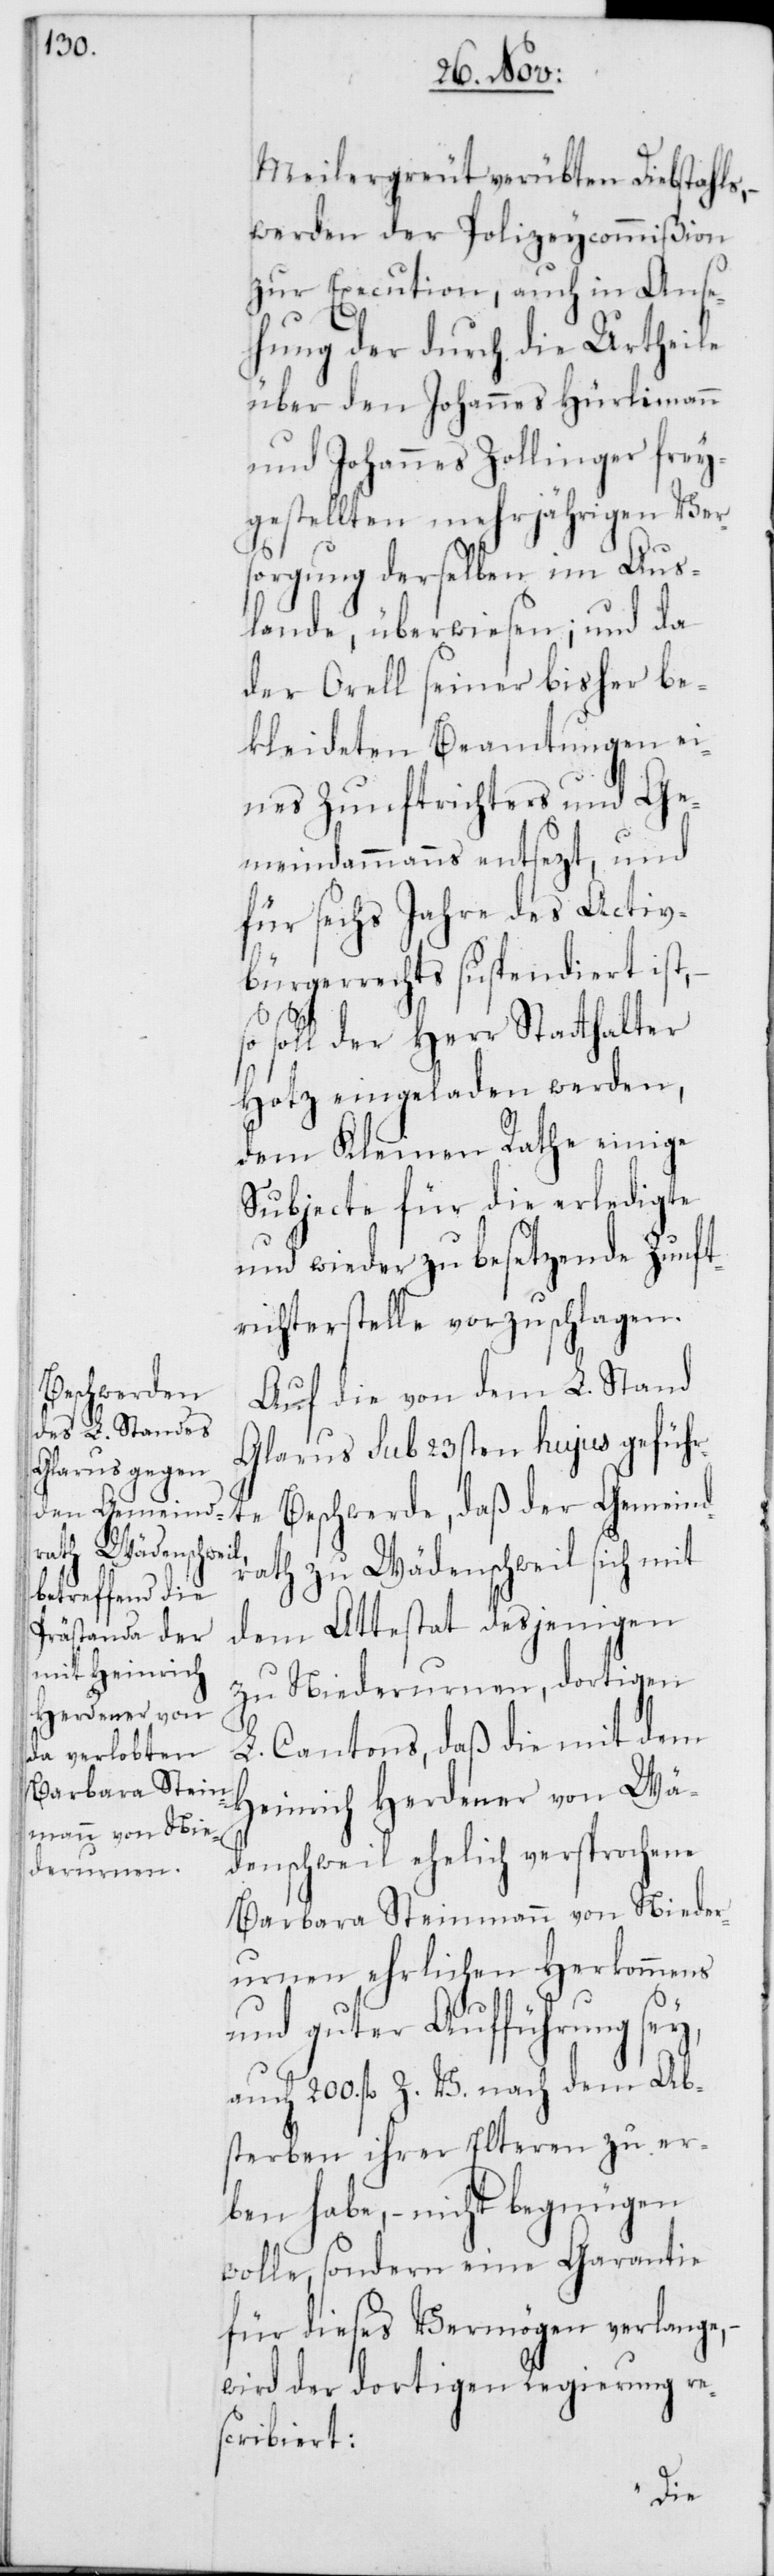
Meilergreut verübten Diebstahls,
werden der Polizeycommißion
zur Execution, auch in Anse¬
hung der durch die Urtheile
über den Johannes Hürlimann
und Johannes Zollinger frey¬
gestellten mehrjährigen Ver¬
sorgung derselben im Aus¬
lande, überwiesen; und da
der Orell seiner bisher be¬
kleideten Beamtungen ei¬
nes Zunftrichters und Ge¬
meindammanns entsezt, und
für sechs Jahre des Activ¬
bürgerrechts suspendiert ist,
soll der Herr Statthalter
Hotz eingeladen werden,
dem Kleinen Rathe einige
Subjecte für die erledigte
und wieder zu besetzende Zunft¬
richterstelle vorzuschlagen.
Auf die von dem L. Stand
Glarus sub 23sten hujus geführ¬
te Beschwerde, daß der Gemeind¬
rath zu Wädenschweil sich mit
dem Attestat desjenigen
zu Niederurnen, dortigen
L. Cantons, daß die mit dem
Heinrich Herdener von Wä¬
denschweil ehelich versprochene
Barbara Steinmann von Nieder¬
urnen ehelichen Herkommens
und guter Aufführung sey,
auch 200. fl. Z. V. nach dem Ab¬
sterben ihrer Elteren zu er¬
ben habe, – nicht begnügen
wolle, sondern eine Garantie
für dieses Vermögen verlange,
wird der dortigen Regierung res¬
cribiert: